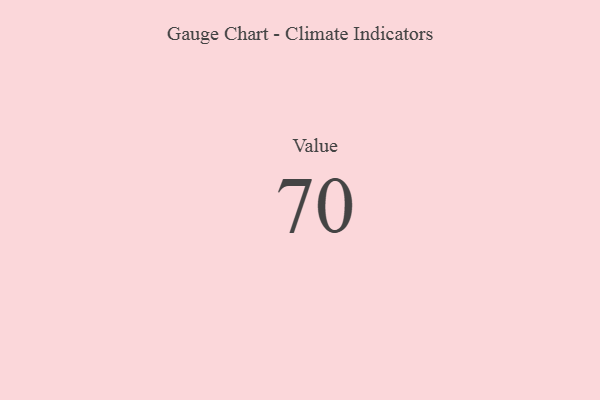
{"axis": {"x": "Metric", "y": "Value"}, "legend": [""], "data": [{"x": "Value", "y": 70, "type": ""}]}